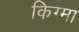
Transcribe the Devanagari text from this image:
किग्मा